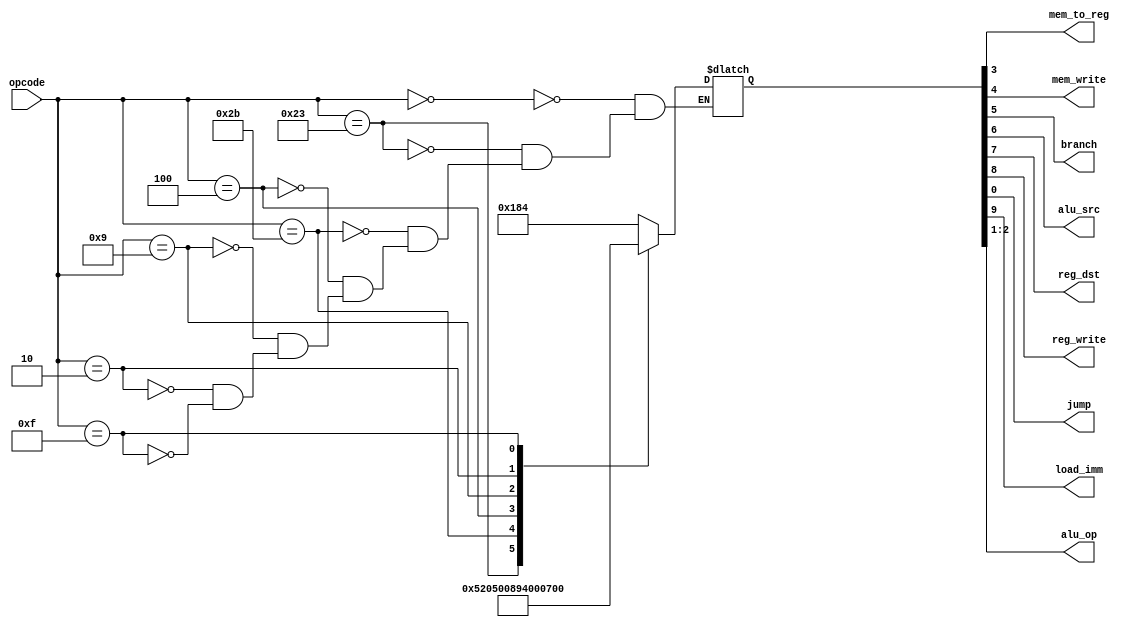
module main_decoder(
	input [5:0] opcode,
	output mem_to_reg, mem_write, branch, alu_src, reg_dst, reg_write, jump, load_imm,
	output [1:0] alu_op
);

reg [9:0] ctl_bus;
assign reg_write = ctl_bus[8];
assign reg_dst = ctl_bus[7];
assign alu_src = ctl_bus[6];
assign branch = ctl_bus[5];
assign mem_write = ctl_bus[4];
assign mem_to_reg = ctl_bus[3];
assign alu_op = ctl_bus[2:1];
assign jump = ctl_bus[0];

assign load_imm = ctl_bus[9];

always @ (opcode)
	case (opcode)
	6'h00:
		ctl_bus = 10'b0110000100;
	6'h23:
		ctl_bus = 10'b0101001000;
	6'h2b:
		ctl_bus = 10'b0001010000;
	6'h04:
		ctl_bus = 10'b0000100010;
	6'h09:
		ctl_bus = 10'b0101000000;
	6'h02:
		ctl_bus = 10'b0000000001;
	6'h0F:
		ctl_bus = 10'b1100000000;
	endcase

endmodule			

module alu_decoder(
	input [1:0] alu_op,
	input [5:0] funct,
	output reg [2:0] alu_ctl
);

always @ (*)
	if (alu_op == 2'b00)
		alu_ctl = 3'b010;
	else if (alu_op[0] == 1)
		alu_ctl = 3'b110;
	else
		case(funct)
		6'd33:
			alu_ctl = 3'b010;
		6'd35:
			alu_ctl = 3'b110;
		6'd36:
			alu_ctl = 3'b000;
		6'd37:
			alu_ctl = 3'b001;
		6'd43:
			alu_ctl = 3'b111;
		endcase

endmodule

module control(
	input [5:0] opcode, funct,
	output mem_to_reg, mem_write, branch, alu_src, reg_dst, reg_write, jump, load_imm,
	output [2:0] alu_ctl
);

wire [1:0] alu_op;

main_decoder main(
	opcode, 
	mem_to_reg, mem_write, branch, alu_src, reg_dst, reg_write, jump, load_imm,
	alu_op
);

alu_decoder alu(
	alu_op, 
	funct,
	alu_ctl
);

endmodule